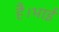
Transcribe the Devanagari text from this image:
है।भाई